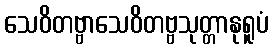
သေဝိတဗ္ဗာသေဝိတဗ္ဗသုတ္တာနုရူပံ